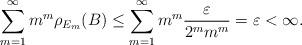
LaTeX: \begin{align*}\sum\limits_{m=1}^\infty m^m\rho_{E_m}(B)\leq\sum\limits_{m=1}^\infty m^m\frac{\varepsilon}{2^mm^m}=\varepsilon<\infty.\end{align*}